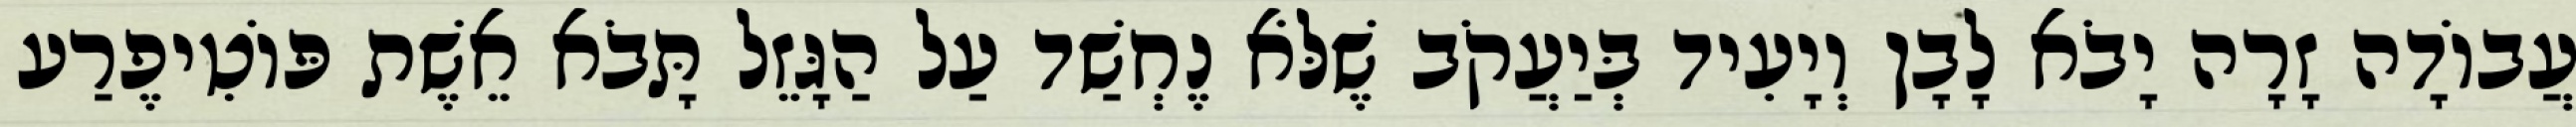
עֲבוֹדָה זָרָה יָבֹא לָבָן וְיָעִיד בְּיַעֲקֹב שֶׁלֹּא נֶחְשַׁד עַל הַגָּזֵל תָּבֹא אֵשֶׁת פּוֹטִיפֶרַע